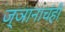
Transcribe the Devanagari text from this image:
ज्ञानाचंही